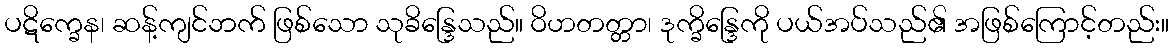
ပဋိက္ခေန၊ ဆန့်ကျင်ဘက် ဖြစ်သော သုခိန္ဒြေသည်။ ဝိဟတတ္တာ၊ ဒုက္ခိန္ဒြေကို ပယ်အပ်သည်၏ အဖြစ်ကြောင့်တည်း။